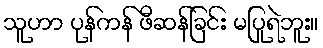
သူဟာ ပုန်ကန် ဖီဆန်ခြင်း မပြုရဲဘူး။